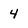
Character: 4